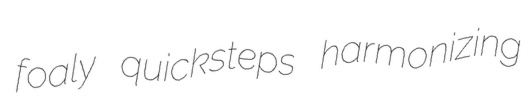
foaly quicksteps harmonizing